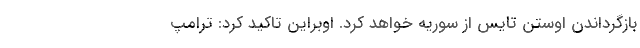
بازگرداندن اوستن تایس از سوریه خواهد کرد. اوبراین تاکید کرد: ترامپ